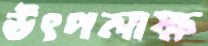
উৎপলাক্ষ